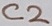
Text: C2